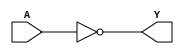
module logic_not (
    input A,
    output Y
);

assign Y = ~A;

endmodule